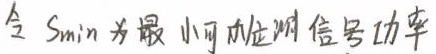
令 $S_{\min}$ 为最小可检测信号功率